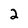
Character: 2